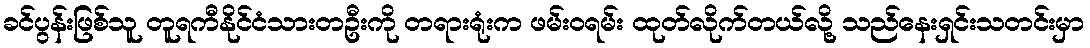
ခင်ပွန်းဖြစ်သူ တူရကီနိုင်ငံသားတဦးကို တရားရုံးက ဖမ်းဝရမ်း ထုတ်လိုက်တယ်လို့ သည်နေးရှင်းသတင်းမှာ